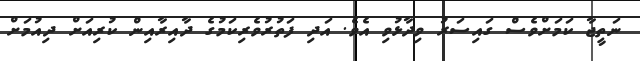
ނަތީޖާ ކަމަށްވެސް ގައިސަރު ވިދާޅުވި އެވެ. އަދި ފަތުރުވެރިކަމުގެ ދާއިރާއިން ކުރިއަށް ދިއުމަށް